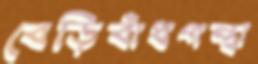
বেড়িবাঁধপন্থা